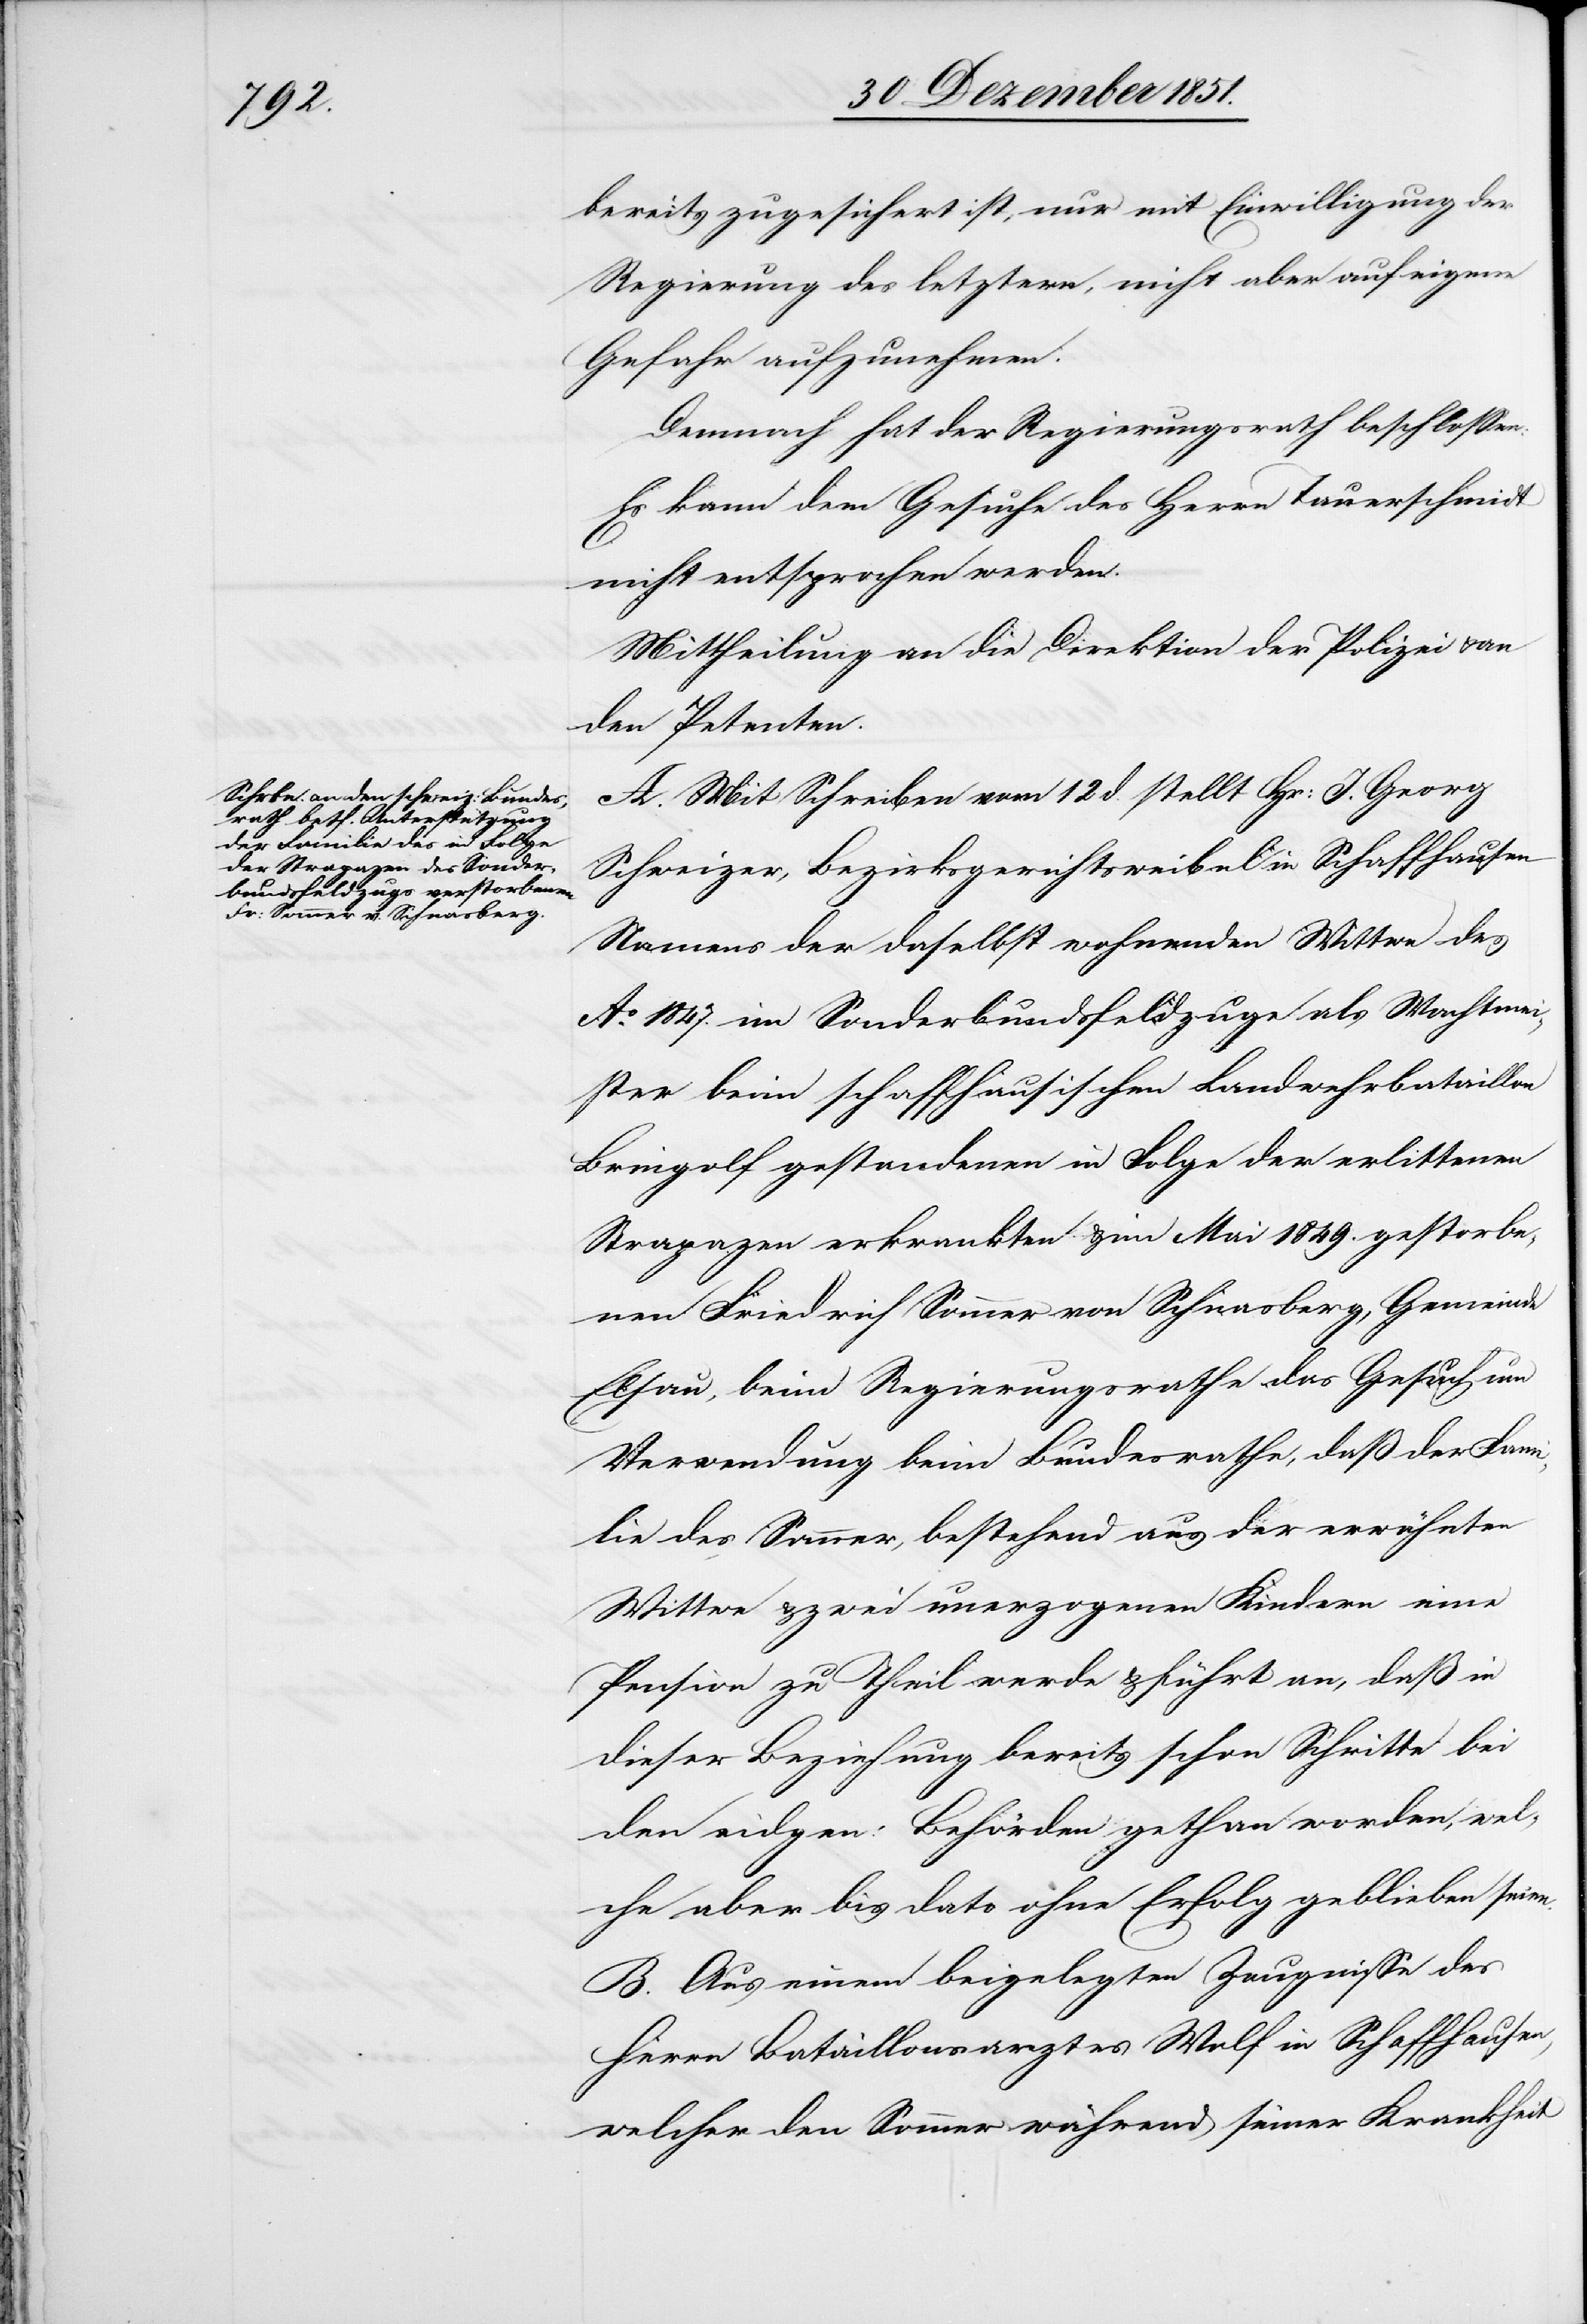
bereits zugesichert ist, nur mit Einwilligung der
Regierung des letztern, nicht aber auf eigene
Gefahr aufzunehmen.
Demnach hat der Regierungsrath beschlossen:
Es kann dem Gesuche des Herrn Tauerschmidt
nicht entsprochen werden.
Mittheilung an die Direktion der Polizei & an
den Petenten.
A. Mit Schreiben vom 12 d. stellt Hr: J. Georg
Schweizer, Bezirksgerichtsweibel in Schaffhausen
Namens der daselbst wohnenden Wittwe des
Ao. 1847. im Sonderbundsfeldzuge als Wachtmei¬
ster beim schaffhausischen Landwehrbataillon
Bringolf gestandenen in Folge der erlittenen
Strapazen erkrankten & im Mai 1849. gestorbe¬
nen Friedrich Sommer von Schnasberg, Gemeinde
Elsau, beim Regierungsrathe das Gesuch um
Verwendung beim Bundesrathe, daß der Fami¬
lie des Sommer, bestehend aus der erwähnten
Wittwe & zwei unerzogenen Kindern eine
Pension zu Theil werde & führt an, daß in
dieser Beziehung bereits schon Schritte bei
den eidgen: Behörden gethan worden, wel¬
che aber bis dato ohne Erfolg geblieben seien.
B. Aus einem beigelegten Zeugnisse des
Herrn Bataillonsarztes Wolf in Schaffhausen,
welcher den Sommer während seiner Krankheit